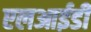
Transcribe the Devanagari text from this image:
एलआईडी